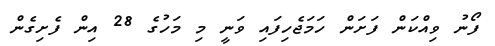
ފޯނު ވިއްކަން ފަށަން ހަމަޖެހިފައި ވަނީ މި މަހުގެ 28 އިން ފެށިގެން